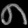
Digit: ၈